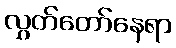
လွှတ်တော်နေရာ